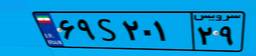
۶۹S۲۰۱۲۹